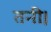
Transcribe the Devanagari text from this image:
तनी।